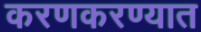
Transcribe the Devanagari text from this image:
करणकरण्यात